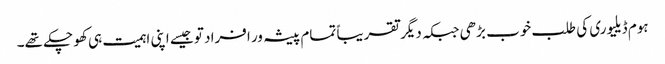
ہوم ڈیلیوری کی طلب خوب بڑھی جبکہ دیگر تقریباً تمام پیشہ ور افراد تو جیسے اپنی اہمیت ہی کھو چکے تھے۔